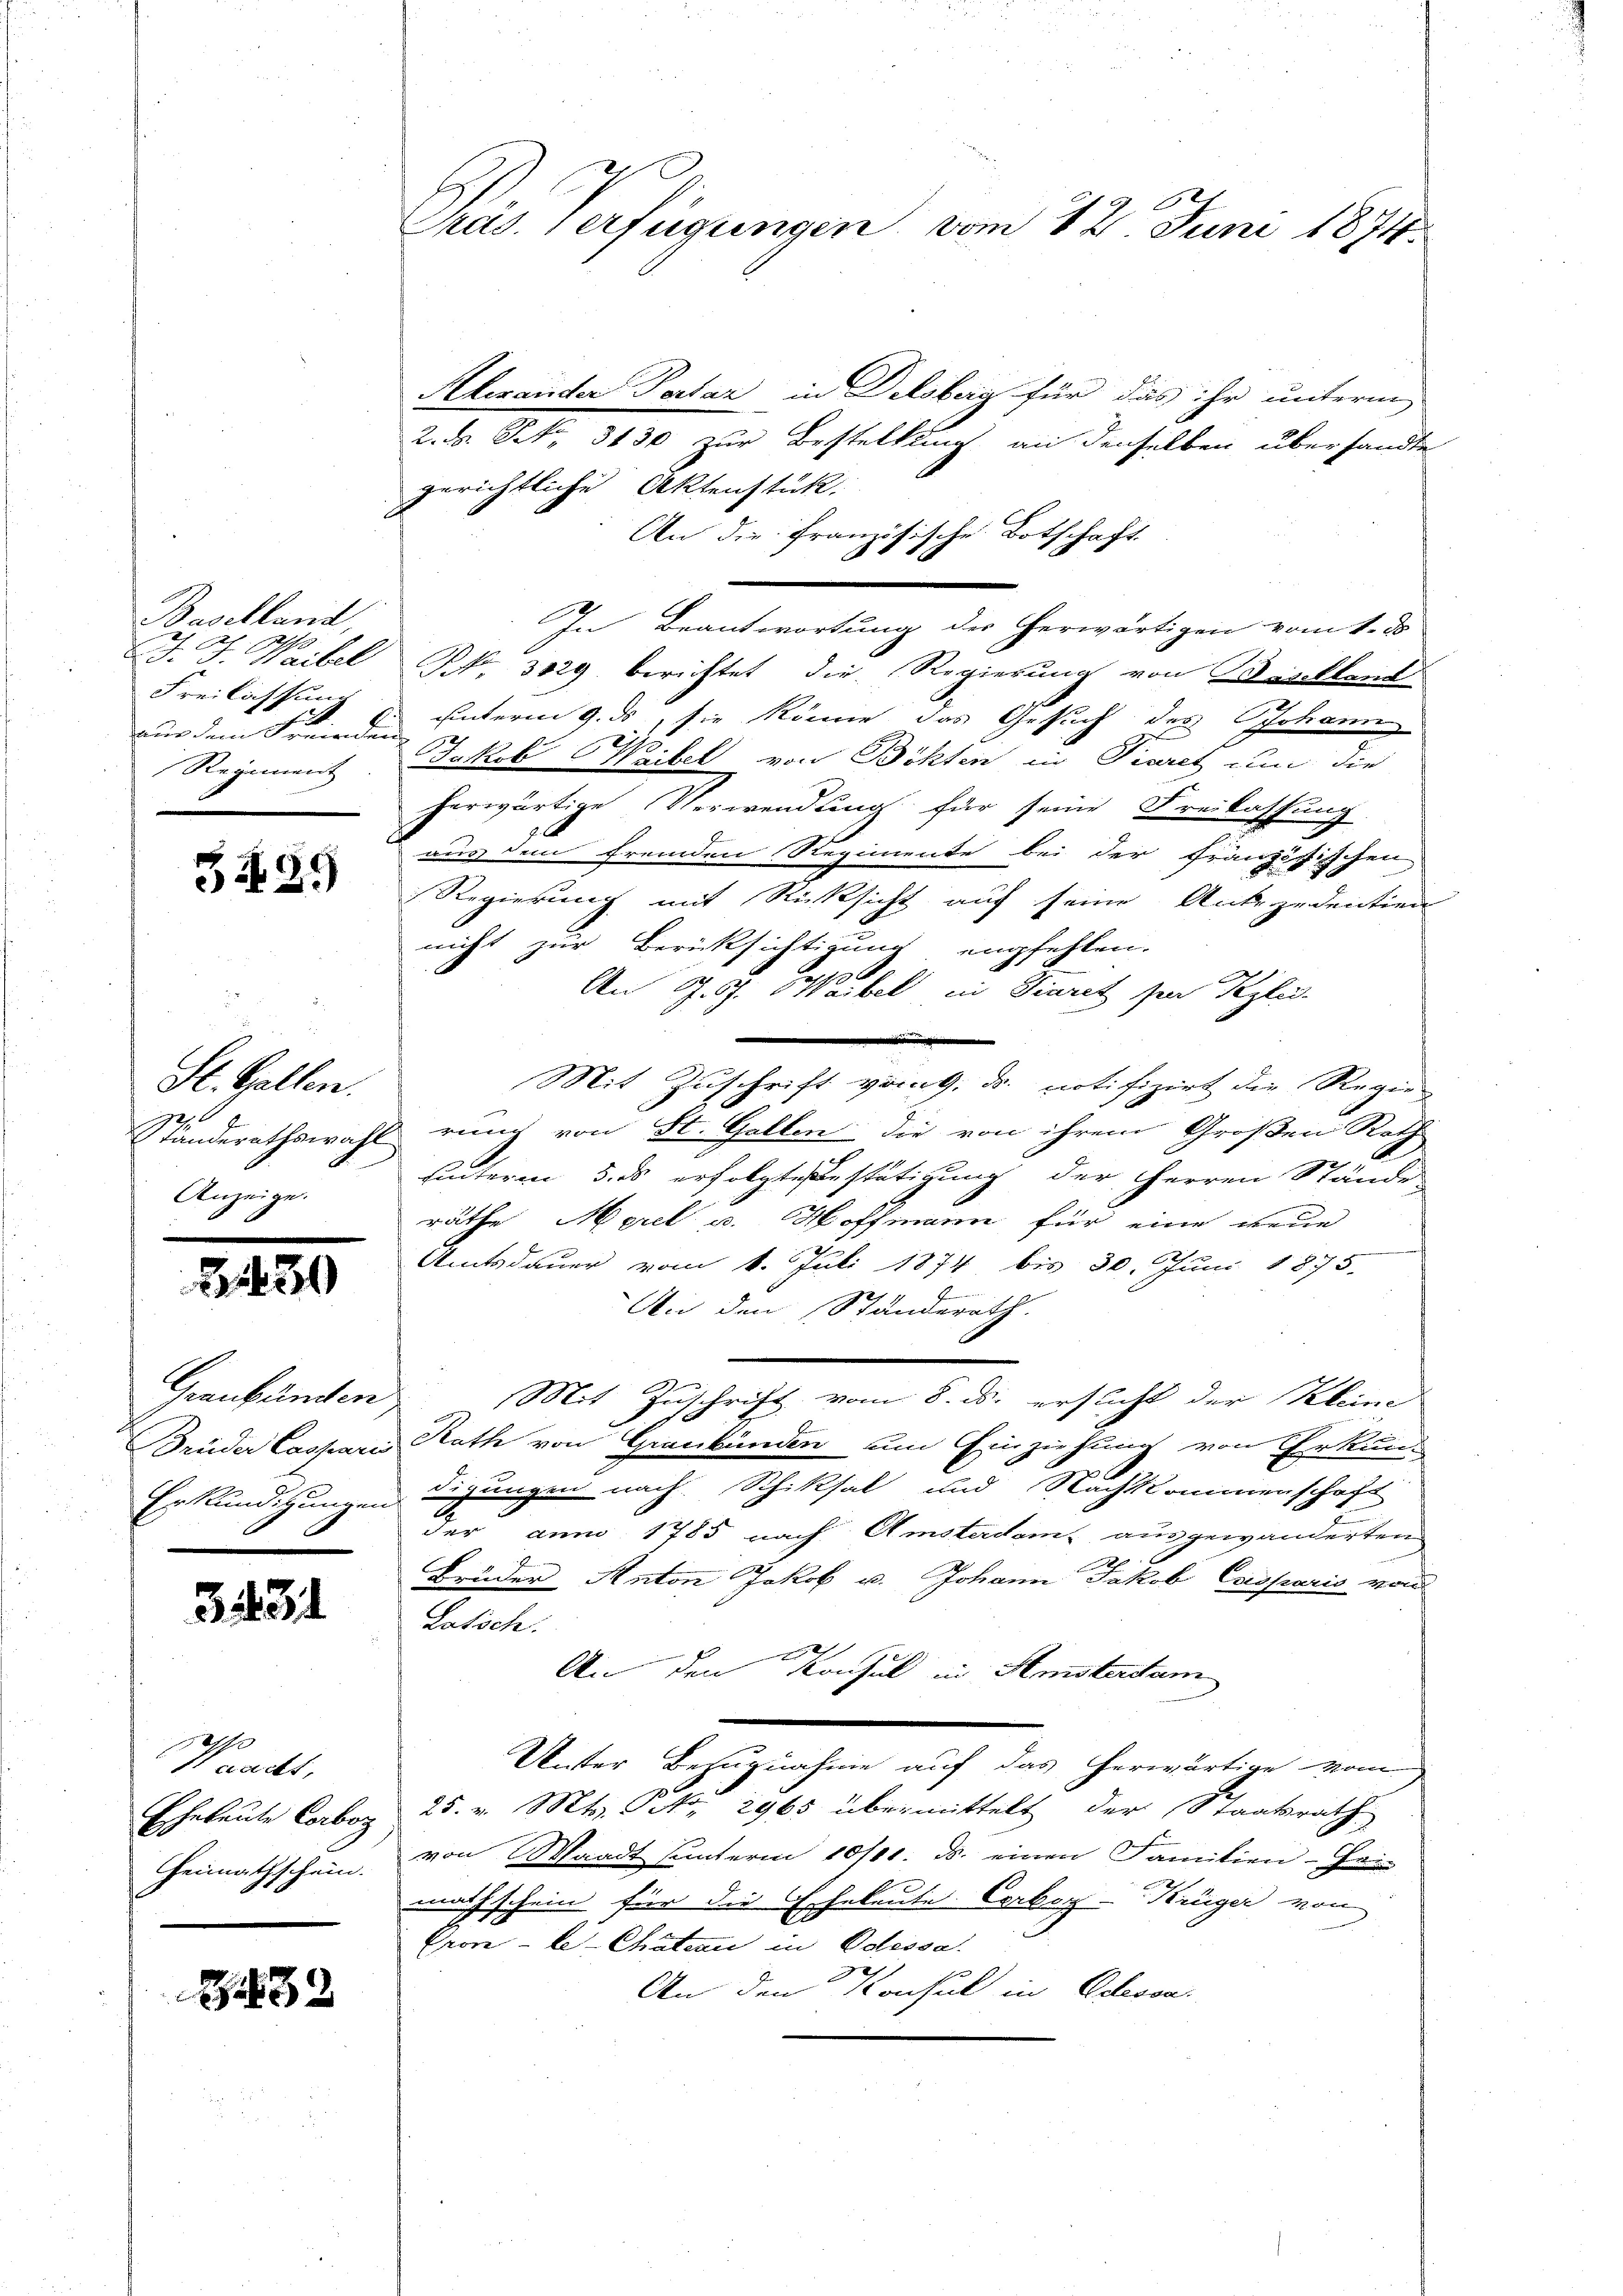
Baselland,
J. J. Waibel
Freilassung
aur dem Ferienten
Regiment

3429

St. Gallen.
7
Standerathswahl
Anzeige.

24430

Graubünden
Brüder Cassari
Erkundigungen

31451

Pracht,
Eheleute Corboz
Heimathschein.

32

Präs. Verfügungen vom 12. Juni 1874.

Alemander Portar in Delsberg für das ihr unterm
2. N. N. 3130 zur Bestellung an denselben übersandte
gerichtliche Aktenstück.
An die französische Botschaft
In Beantwortung der herwärtigen vom 1. ds
Nr. 3029. berichtet die Regierung von Bialkand
uinterm 9. ds, sie könne das Gesuch des Johann
h
Jakob Weibel von Böhten in Tieret um die
herwärtige Verwendung für seine Freilassung
aus dem fremden Regimende bei der Französischen
Regierung mit Rücksicht auf seine Antezedentien
nicht zur Berücksichtigung empfehlen.
An J. J. Waibel in Viaret sei Pezlic
Mit Zuschrift vom 9. ds. notifizirt die Regen
rung von St. Gallen die von ihrem Großen Rath
hinterm 3. ds erfolgte Bestätigung der Herren Stände
räthe Morel u. Hoffmann für eine neue
Amtsdauer vom 1. Juli 1874 bis 30. Juni 1875.
An den Ständerath.
Mit Zuschrift vom 8. ds. ersucht der Kleine
Rath von Graubünden um Einziehung von Erkun-
digungen nach Schiksal und Nachkommenschaft
der am 1785 nach Amsterdam ausgewanderten
Brüder Anton Jakob u. Johann Jakob Casparis von
Latisch.
An den Konsul in Amsterstam
Unter Bezugnahme auf das herwärtige vom
25. v. Mts. S. 2965 übermittelt der Staatsrath
von Waadt unterm 10/11. ds. einen Familien-Gei-
mathschein für die Eheleute Corboz-Krüger von
Grore-le-Chateau in Odessa.
An den Konsul in Adevon